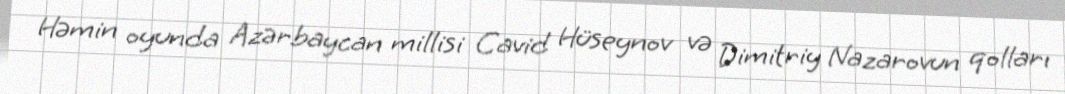
Həmin oyunda Azərbaycan millisi Cavid Hüseynov və Dimitriy Nazarovun qolları